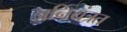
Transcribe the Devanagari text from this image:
अनियंत्रत